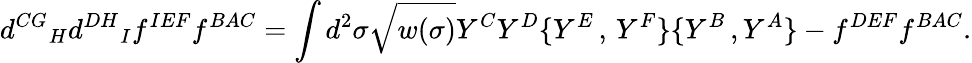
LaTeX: {d^{CG}}_{H}{d^{DH}}_{I}f^{IEF}f^{BAC}=\int d^{2}\sigma\sqrt{w(\sigma)}Y^{C}Y^{D}\{ Y^{E}\, ,\, Y^{F}\} \{ Y^{B}\, ,Y^{A}\} {}-f^{DEF}f^{BAC}.